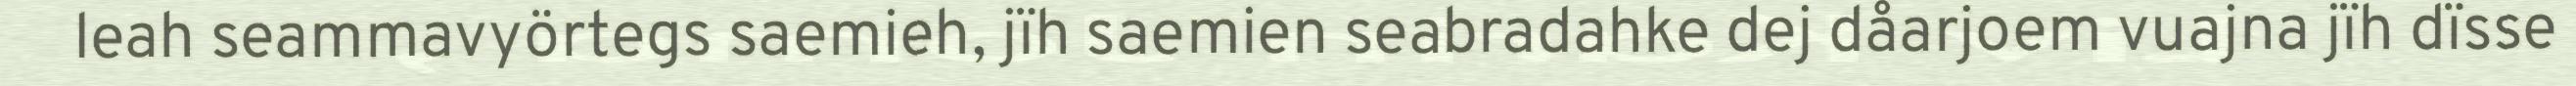
leah seammavyörtegs saemieh, jïh saemien seabradahke dej dåarjoem vuajna jïh dïsse